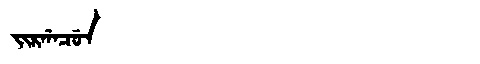
Manchu: ᠵᡳᡵᡤᠠᠴᡠᠨ
Romanization: JIRGACUN